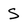
Character: S